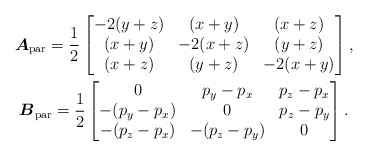
\begin{gather*}\boldsymbol{A}_{\rm par}=\frac{1}{2}\left[\begin{matrix}-2(y+z)&(x+y)&(x+z)\\(x+y)&-2(x+z)&(y+z)\\(x+z)&(y+z)&-2(x+y)\end{matrix}\right ] ,\\\boldsymbol{B}_{\rm par}=\frac{1}{2}\left[\begin{matrix}0&p_y-p_x&p_z-p_x\\-(p_y-p_x)&0&p_z-p_y\\-(p_z-p_x)&-(p_z-p_y)&0\end{matrix}\right ] .\end{gather*}